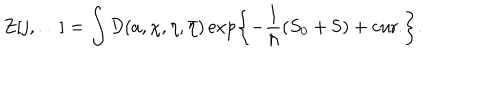
LaTeX: Z [ j , \ldots ] = \int { \cal D } ( a , \chi , \eta , \bar { \eta } ) \exp \left\{ - \frac { 1 } { \hbar } \left( S _ { 0 } + { \sf S } \right) + \mathrm { c u r . } \right\} .